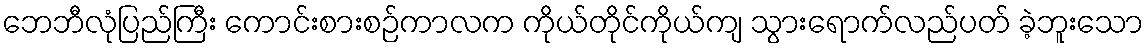
ဘေဘီလုံပြည်ကြီး ကောင်းစားစဉ်ကာလက ကိုယ်တိုင်ကိုယ်ကျ သွားရောက်လည်ပတ် ခဲ့ဘူးသော